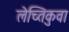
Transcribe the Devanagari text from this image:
लेच्तिकुवा